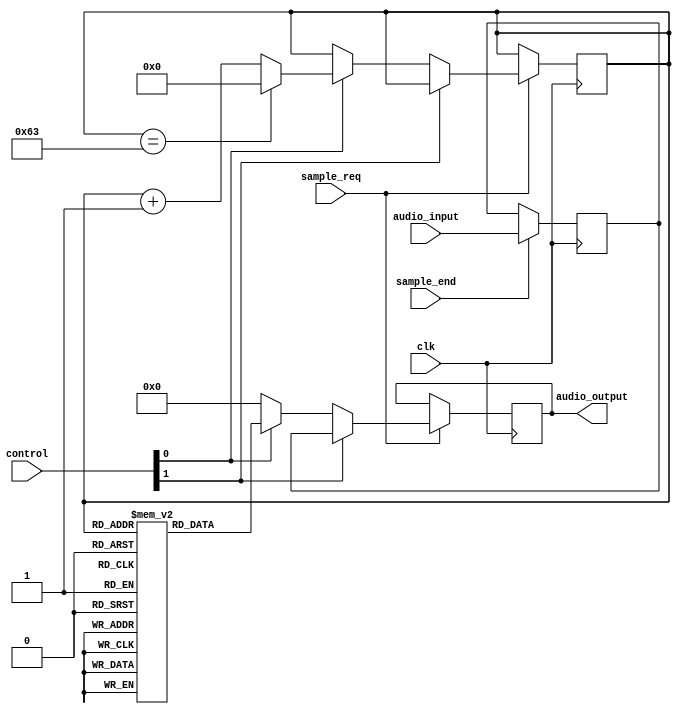
module audio_effects (
    input  clk,
    input  sample_end,
    input  sample_req,
    output [15:0] audio_output,
    input  [15:0] audio_input,
    input  [3:0]  control
);

reg [15:0] romdata [0:99];
reg [6:0]  index = 7'd0;
reg [15:0] last_sample;
reg [15:0] dat;

assign audio_output = dat;

parameter SINE     = 0;
parameter FEEDBACK = 1;

initial begin
    romdata[0] = 16'h0000;
    romdata[1] = 16'h0805;
    romdata[2] = 16'h1002;
    romdata[3] = 16'h17ee;
    romdata[4] = 16'h1fc3;
    romdata[5] = 16'h2777;
    romdata[6] = 16'h2f04;
    romdata[7] = 16'h3662;
    romdata[8] = 16'h3d89;
    romdata[9] = 16'h4472;
    romdata[10] = 16'h4b16;
    romdata[11] = 16'h516f;
    romdata[12] = 16'h5776;
    romdata[13] = 16'h5d25;
    romdata[14] = 16'h6276;
    romdata[15] = 16'h6764;
    romdata[16] = 16'h6bea;
    romdata[17] = 16'h7004;
    romdata[18] = 16'h73ad;
    romdata[19] = 16'h76e1;
    romdata[20] = 16'h799e;
    romdata[21] = 16'h7be1;
    romdata[22] = 16'h7da7;
    romdata[23] = 16'h7eef;
    romdata[24] = 16'h7fb7;
    romdata[25] = 16'h7fff;
    romdata[26] = 16'h7fc6;
    romdata[27] = 16'h7f0c;
    romdata[28] = 16'h7dd3;
    romdata[29] = 16'h7c1b;
    romdata[30] = 16'h79e6;
    romdata[31] = 16'h7737;
    romdata[32] = 16'h7410;
    romdata[33] = 16'h7074;
    romdata[34] = 16'h6c67;
    romdata[35] = 16'h67ed;
    romdata[36] = 16'h630a;
    romdata[37] = 16'h5dc4;
    romdata[38] = 16'h5820;
    romdata[39] = 16'h5222;
    romdata[40] = 16'h4bd3;
    romdata[41] = 16'h4537;
    romdata[42] = 16'h3e55;
    romdata[43] = 16'h3735;
    romdata[44] = 16'h2fdd;
    romdata[45] = 16'h2855;
    romdata[46] = 16'h20a5;
    romdata[47] = 16'h18d3;
    romdata[48] = 16'h10e9;
    romdata[49] = 16'h08ee;
    romdata[50] = 16'h00e9;
    romdata[51] = 16'hf8e4;
    romdata[52] = 16'hf0e6;
    romdata[53] = 16'he8f7;
    romdata[54] = 16'he120;
    romdata[55] = 16'hd967;
    romdata[56] = 16'hd1d5;
    romdata[57] = 16'hca72;
    romdata[58] = 16'hc344;
    romdata[59] = 16'hbc54;
    romdata[60] = 16'hb5a7;
    romdata[61] = 16'haf46;
    romdata[62] = 16'ha935;
    romdata[63] = 16'ha37c;
    romdata[64] = 16'h9e20;
    romdata[65] = 16'h9926;
    romdata[66] = 16'h9494;
    romdata[67] = 16'h906e;
    romdata[68] = 16'h8cb8;
    romdata[69] = 16'h8976;
    romdata[70] = 16'h86ab;
    romdata[71] = 16'h845a;
    romdata[72] = 16'h8286;
    romdata[73] = 16'h8130;
    romdata[74] = 16'h8059;
    romdata[75] = 16'h8003;
    romdata[76] = 16'h802d;
    romdata[77] = 16'h80d8;
    romdata[78] = 16'h8203;
    romdata[79] = 16'h83ad;
    romdata[80] = 16'h85d3;
    romdata[81] = 16'h8875;
    romdata[82] = 16'h8b8f;
    romdata[83] = 16'h8f1d;
    romdata[84] = 16'h931e;
    romdata[85] = 16'h978c;
    romdata[86] = 16'h9c63;
    romdata[87] = 16'ha19e;
    romdata[88] = 16'ha738;
    romdata[89] = 16'had2b;
    romdata[90] = 16'hb372;
    romdata[91] = 16'hba05;
    romdata[92] = 16'hc0df;
    romdata[93] = 16'hc7f9;
    romdata[94] = 16'hcf4b;
    romdata[95] = 16'hd6ce;
    romdata[96] = 16'hde7a;
    romdata[97] = 16'he648;
    romdata[98] = 16'hee30;
    romdata[99] = 16'hf629;
end

always @(posedge clk) begin
    if (sample_end) begin
        last_sample <= audio_input;
    end

    if (sample_req) begin
        if (control[FEEDBACK])
            dat <= last_sample;
        else if (control[SINE]) begin
            dat <= romdata[index];
            if (index == 7'd99)
                index <= 7'd00;
            else
                index <= index + 1'b1;
        end else
            dat <= 16'd0;
    end
end

endmodule